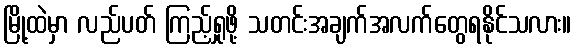
မြို့ထဲမှာ လည်ပတ် ကြည့်ရှုဖို့ သတင်းအချက်အလက်တွေရနိုင်သလား။